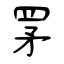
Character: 罞